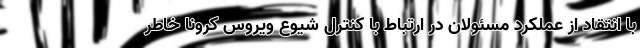
با انتقاد از عملکرد مسئولان در ارتباط با کنترل شیوع ویروس کرونا خاطر